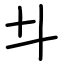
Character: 𠥼